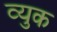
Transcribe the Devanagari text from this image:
व्युक